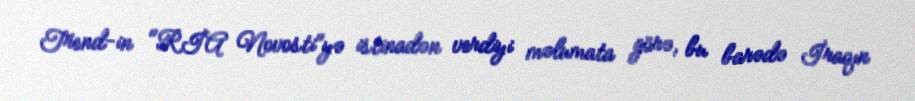
Trend-in "RİA Novosti"yə istinadən verdiyi məlumata görə, bu barədə İraqın